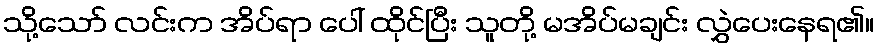
သို့သော် လင်းက အိပ်ရာ ပေါ် ထိုင်ပြီး သူတို့ မအိပ်မချင်း လွှဲပေးနေရ၏။